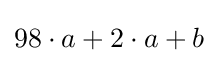
98\cdot a+2\cdot a+b